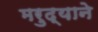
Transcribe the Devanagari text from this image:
मरुद्याने